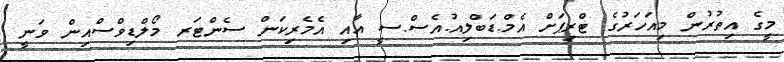
މީގެ އިތުރުން މިއަހަރުގެ ޓްރިޕަށް އެމް.ޑަބްލިއު.އެސް.ސީ އާއި އެމެރިކަން ސެންޓަރ މޯލްޑިވްސްއިން ވަނީ